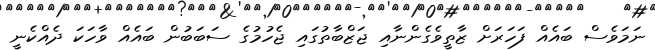
ނަމަވެސް ބައެއް ފަހަރަށް ޒާތީވެގެންނާއި ޖަޒްބާތުގައި ޖެހުމުގެ ސަބަބުން ބައެއް ވާހަކަ ދެއްކެނީ